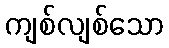
ကျစ်လျစ်သော